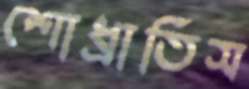
শোধ্‌রাতিস